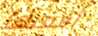
أفعلها